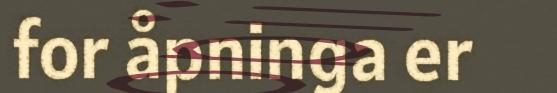
for åpninga er